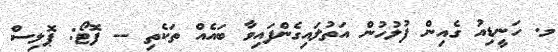
މ. ހަނީޑިއު ގެއިން ފުލުހުން އަތުލައިގެންފައިވާ ބައެެއް ތަކެތި -- ފޮޓޯ: ޕޮލިސް